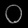
Digit: ၀